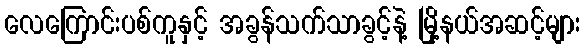
လေကြောင်းပစ်ကူနှင့် အခွန်သက်သာခွင့်နဲ့ မြို့နယ်အဆင့်များ